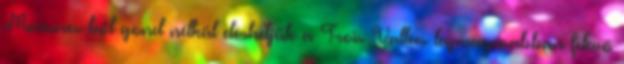
Menuires-ből gond nélkül elérhetjük a Trois Vallées legmagasabban fekvő